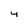
Character: 4